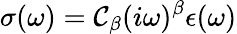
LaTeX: \sigma(\omega)=\mathcal{C}_{\beta}(i\omega)^{\beta}\epsilon(\omega)